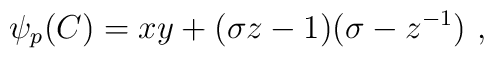
\psi_p(C)=xy+(\sigma z-1)(\sigma -z^{-1})~,